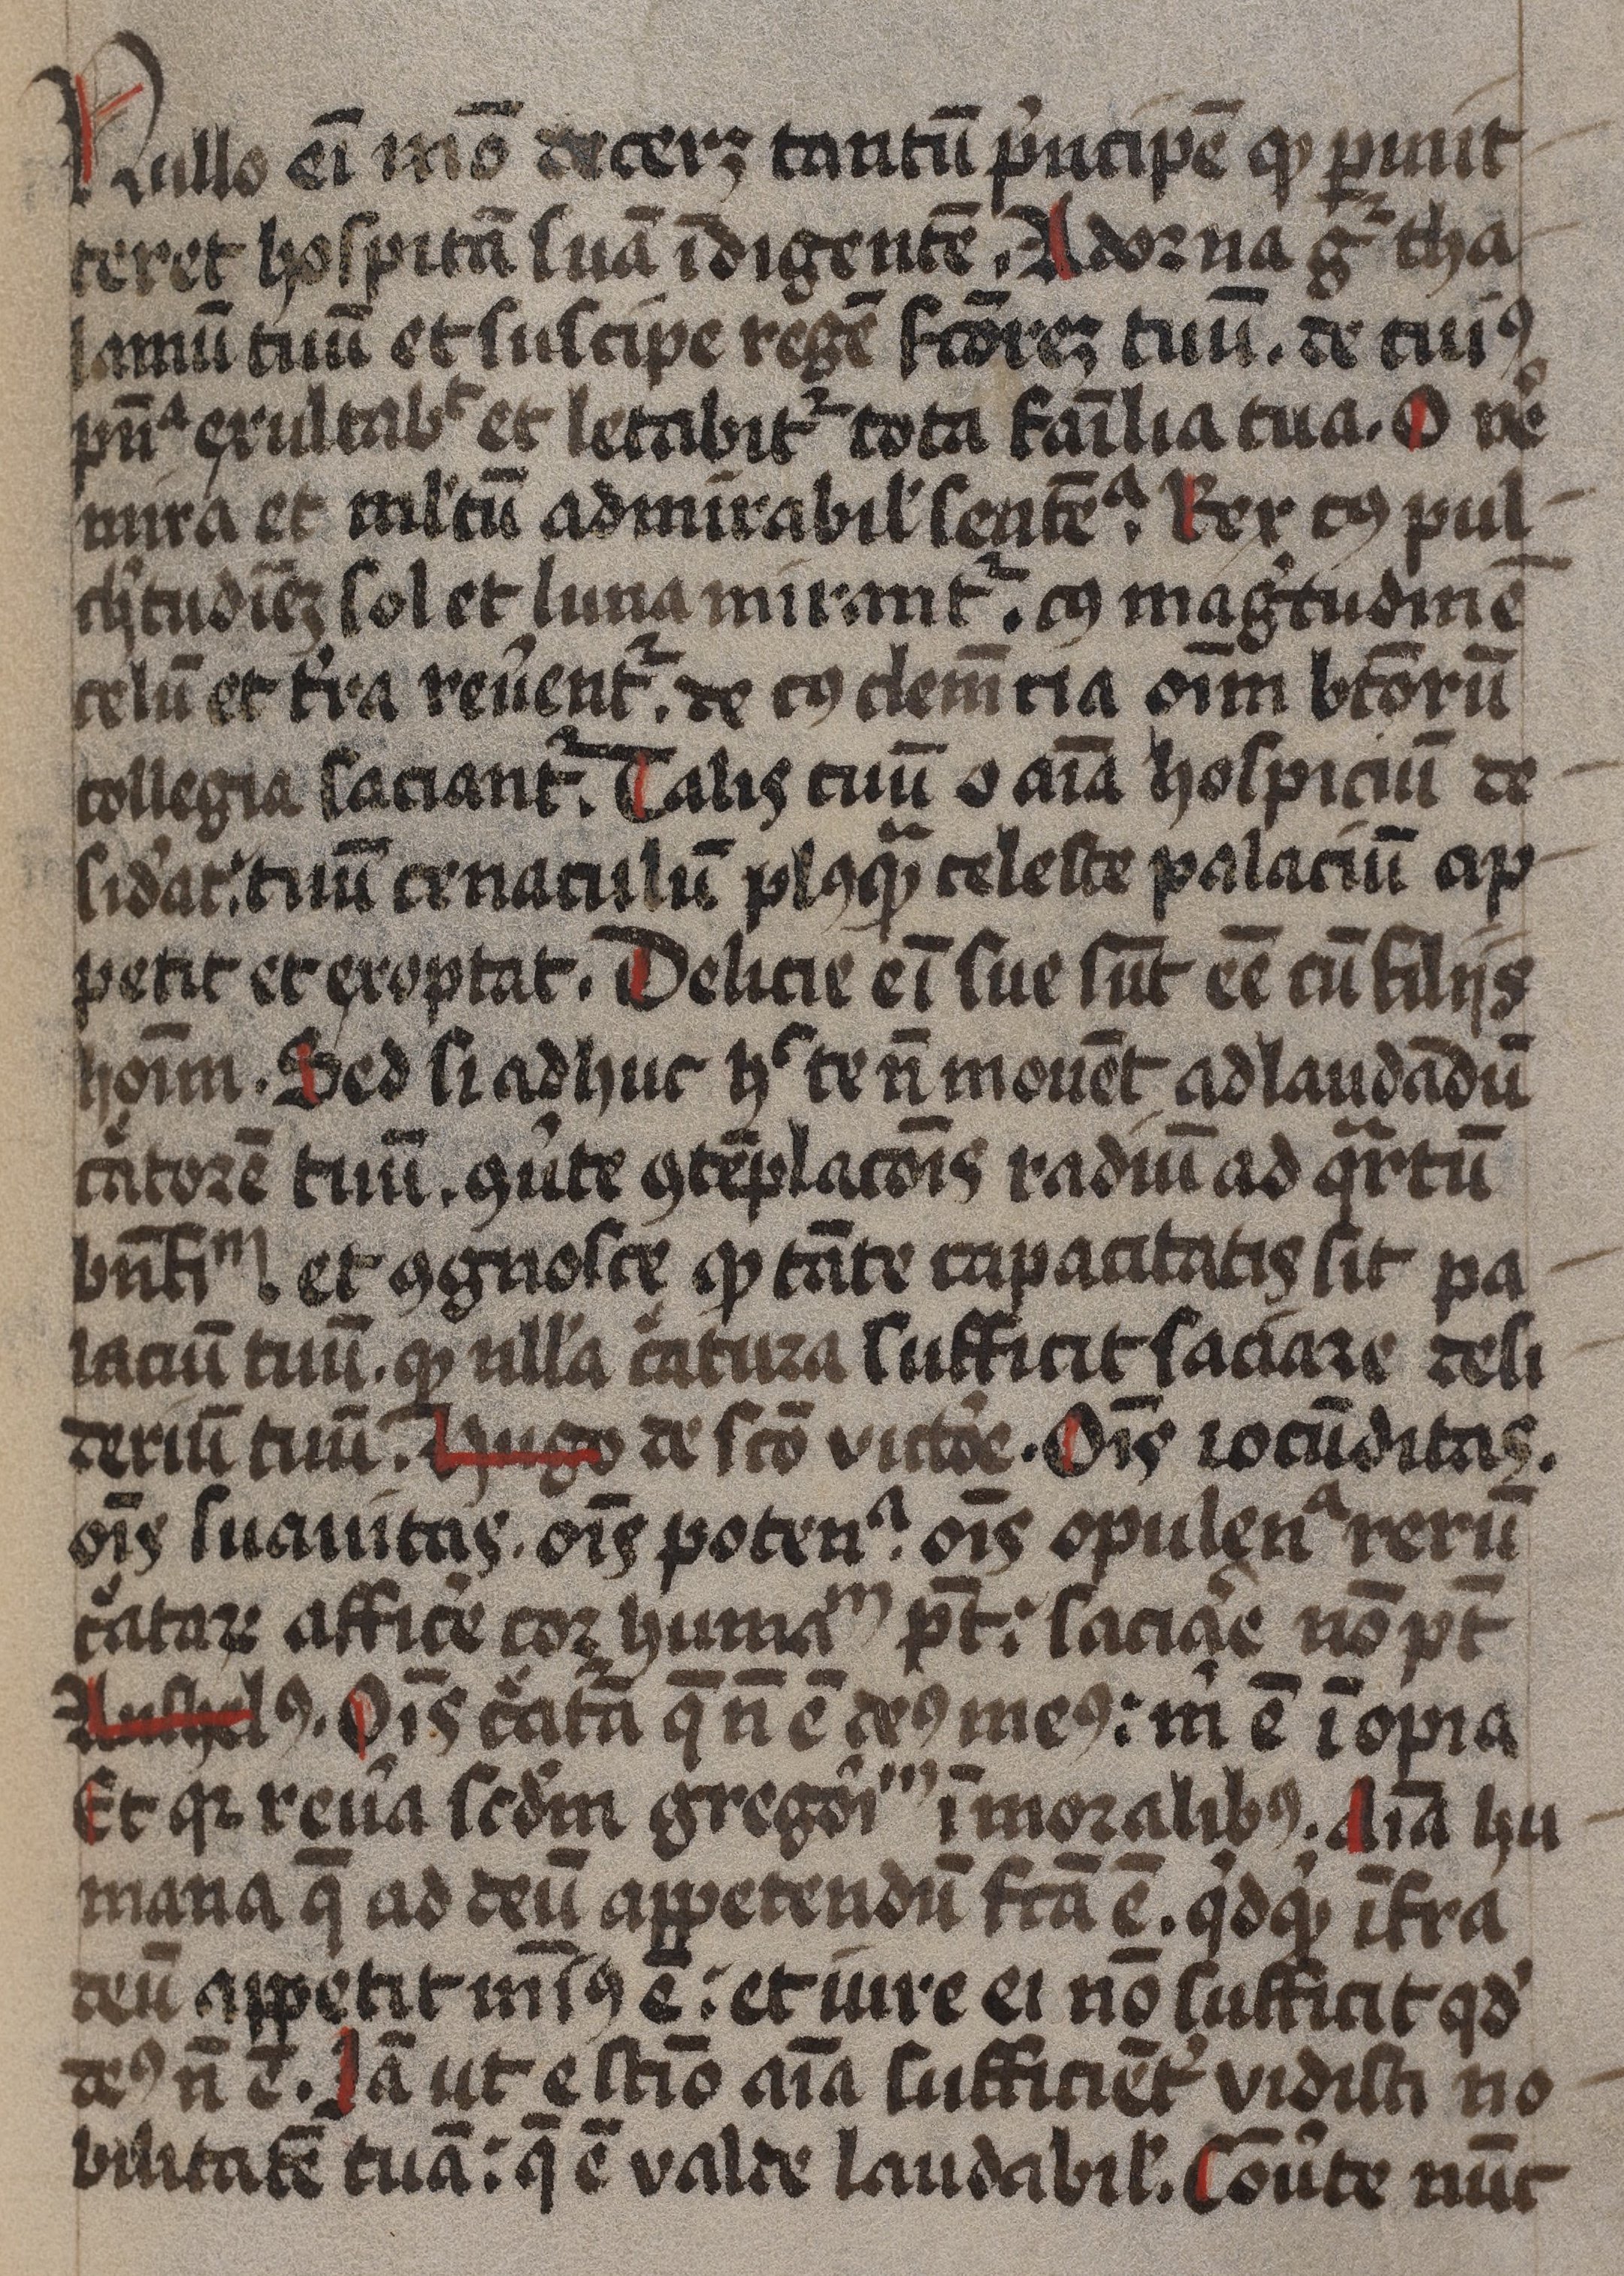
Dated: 1375–1499